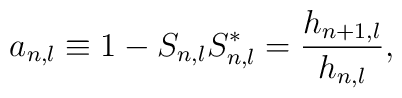
a_{n,l}\equiv 1-S_{n,l}S_{n,l}^{*}=\frac{h_{n+1,l}}{h_{n,l}},